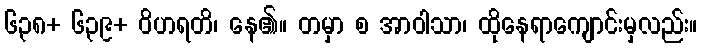
၆၃၈+ ၆၃၉+ ဝိဟရတိ၊ နေ၏။ တမှာ စ အာဝါသာ၊ ထိုနေရာကျောင်းမှလည်း။